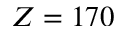
Z = 1 7 0